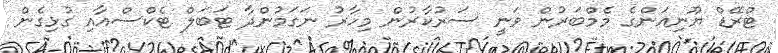
ޓްރޭޑް ޔޫނިއަންގެ މެމްބަރުން ވަނީ ސަރުކާރުން މިހާރު ނަގަމުންދާ ޓަބަލް ޓެކްސްއާއި ގުޅިގެން